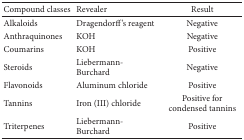
<table><thead><tr><td><b>Compound classes</b></td><td><b>Revealer</b></td><td><b>Result</b></td></tr></thead><tbody><tr><td>Alkaloids</td><td>Dragendorff&#x27;s reagent</td><td>Negative</td></tr><tr><td>Anthraquinones</td><td>KOH</td><td>Negative</td></tr><tr><td>Coumarins</td><td>KOH</td><td>Positive</td></tr><tr><td>Steroids</td><td>Liebermann-Burchard</td><td>Negative</td></tr><tr><td>Flavonoids</td><td>Aluminum chloride</td><td>Positive</td></tr><tr><td>Tannins</td><td>Iron (III) chloride</td><td>Positive for condensed tannins</td></tr><tr><td>Triterpenes</td><td>Liebermann-Burchard</td><td>Positive</td></tr></tbody></table>